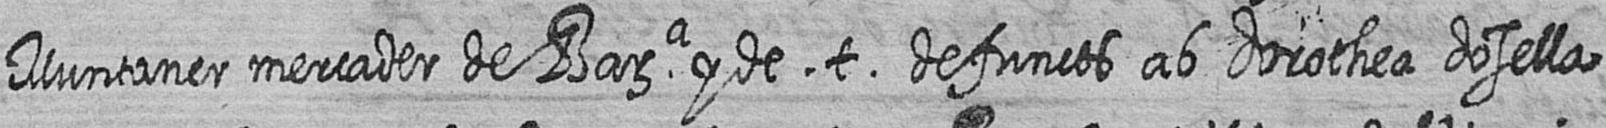
Muntaner mercader de Bara y de t defuncts ab dorothea dosella